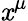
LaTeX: \mathit{x}^{\mu}